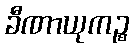
ခီဏာယုကဉ္စ